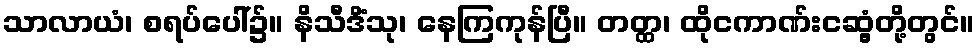
သာလာယံ၊ စရပ်ပေါ်၌။ နိသီဒိံသု၊ နေကြကုန်ပြီ။ တတ္ထ၊ ထိုငကာဏ်းငဆွံ့တို့တွင်။